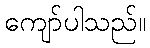
ကျော်ပါသည်။